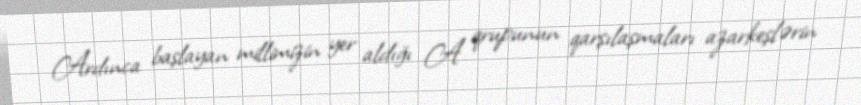
Ardınca başlayan millimizin yer aldığı A qrupunun qarşılaşmaları azarkeşlərin